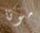
مونا